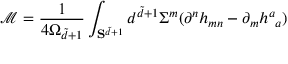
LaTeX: \mathcal { M } = \frac { 1 } { 4 \Omega _ { \tilde { d } + 1 } } \int _ { { \bf S } ^ { \tilde { d } + 1 } } d ^ { \tilde { d } + 1 } \Sigma ^ { m } ( \partial ^ { n } h _ { m n } - \partial _ { m } h ^ { a } { } _ { a } )